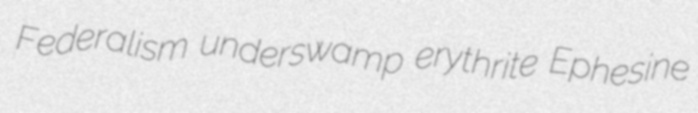
Federalism underswamp erythrite Ephesine